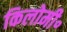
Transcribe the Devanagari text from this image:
किलोमी॰